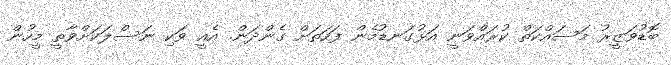
ބޮޑުވަޒީރު މަސައްކަތް ކުރައްވަނީ އަޅުގަނޑުމެން ފަހަތަށް ގެންދަން. އެއީ ވަކި ނަސްލަކަށްވާތީ މީހުން